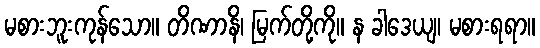
မစားဘူးကုန်သော။ တိဏာနိ၊ မြက်တို့ကို။ န ခါဒေယျ၊ မစားရရာ။